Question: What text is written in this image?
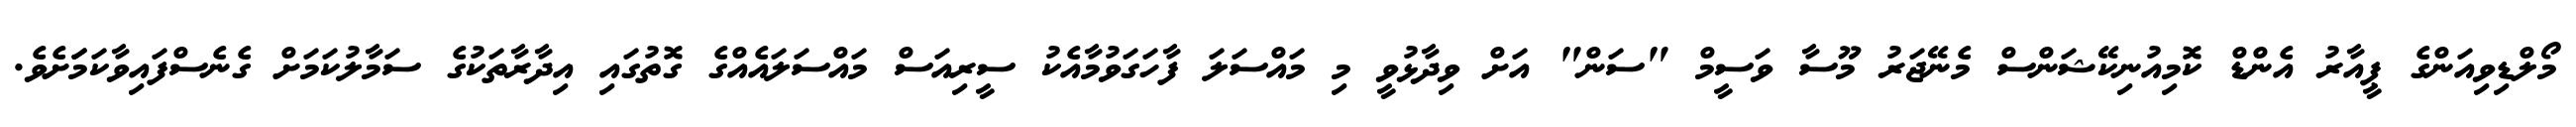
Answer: މޯލްޑިވިއަންގެ ޕީއާރު އެންޑް ކޮމިއުނިކޭޝަންސް މެނޭޖަރު މޫސާ ވަސީމް "ސަން" އަށް ވިދާޅުވީ މި މައްސަލަ ފާހަގަވުމާއެކު ސީރިއަސް މައްސަލައެއްގެ ގޮތުގައި އިދާރާތަކުގެ ސަމާލުކަމަށް ގެނެސްފައިވާކަމަަށެވެ.